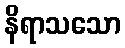
နိရာသသော